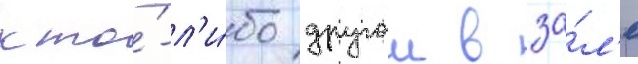
кто́-л'и́бо другои в за́л'е